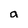
Character: a